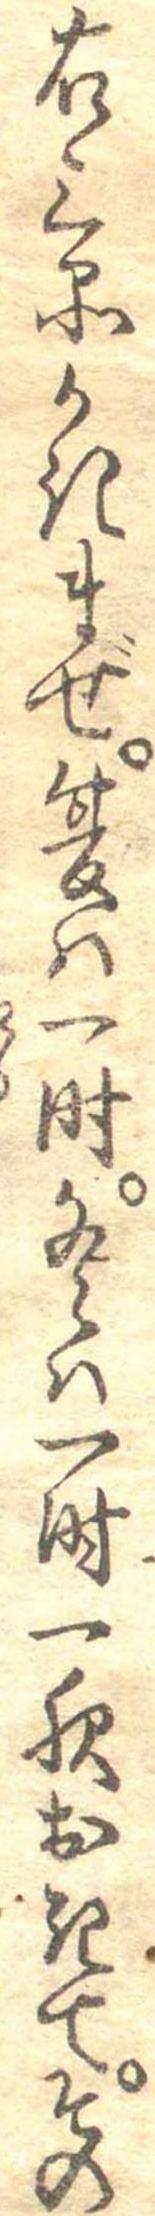
右三品かきまぜ夏は一時冬は一時一夜おきてその